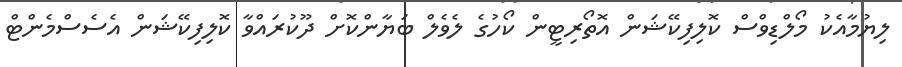
ލިޔުމާއެކު މޯލްޑިވްސް ކޮލިފިކޭޝަން އޮތޯރިޓީން ކޯހުގެ ލެވެލް ބަޔާންކޮށް ދޫކުރައްވާ ކޮލިފިކޭޝަން އެސެސްމެންޓް